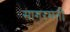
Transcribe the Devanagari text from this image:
सागरमती